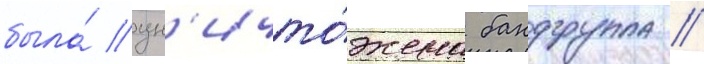
была́ ун'ичто́жена бандгруппа //